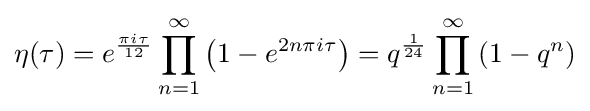
\eta (\tau )=e^{\frac {\pi i\tau }{12}}\prod _{n=1}^{\infty }\left(1-e^{2n\pi i\tau }\right)=q^{\frac {1}{24}}\prod _{n=1}^{\infty }\left(1-q^{n}\right)